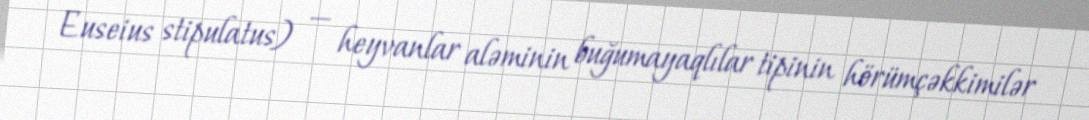
Euseius stipulatus) — heyvanlar aləminin buğumayaqlılar tipinin hörümçəkkimilər